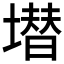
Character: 𱗶